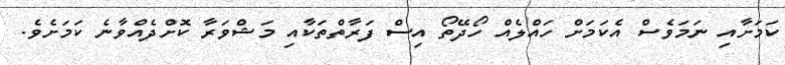
ކަމަށާއި ނަމަވެސް އެކަމަށް ހައްލެއް ހޯދޭތޯ އިސް ފަރާތްތަކާއި މަޝްވަރާ ކޮށްދެއްވާނެ ކަމަށެވެ.